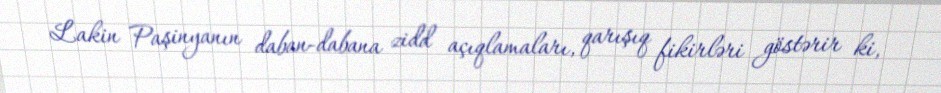
Lakin Paşinyanın daban-dabana zidd açıqlamaları, qarışıq fikirləri göstərir ki,